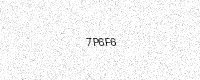
Text: 7P6F6